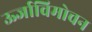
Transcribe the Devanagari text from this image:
ऊर्जाविमोचन